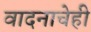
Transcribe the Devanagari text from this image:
वादनाचेही